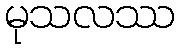
မုသလဿ